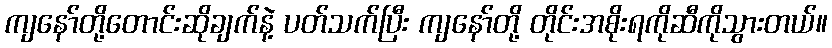
ကျနော်တို့တောင်းဆိုချက်နဲ့ ပတ်သက်ပြီး ကျနော်တို့ တိုင်းအစိုးရကိုဆီကိုသွားတယ်။